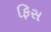
ફિસ